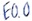
Text: E0.0